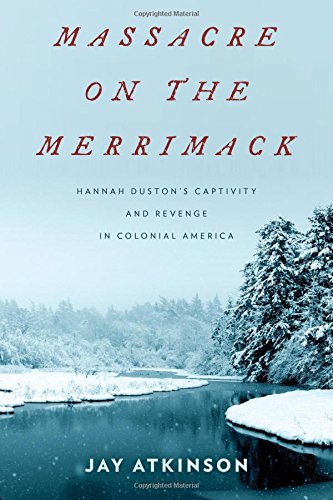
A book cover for Massacre on the Merrimack: Hannah Duston's Captivity and Revenge in Colonial America; Jay Atkinson; Biographies & Memoirs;